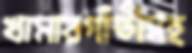
খামারগাঁতীসহ